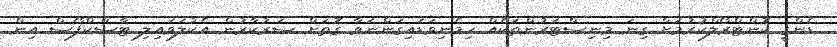
ޑެންގީ ކޮންޓްރޯލްކުރުމަށް ގިނަ މިނިސްޓަރުންތަކެއް ހިމެނިވަޑައިގަންނަވާ ގޮތަށް ސަރުކާރުން އެކުލަވައިލި ޓާސްކްފޯސް އިން